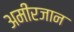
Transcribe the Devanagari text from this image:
अमीरजान